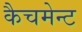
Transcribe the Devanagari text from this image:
कैचमेन्ट